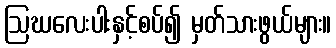
ဩဃလေးပါးနှင့်စပ်၍ မှတ်သားဖွယ်များ။